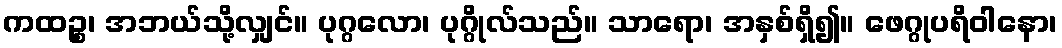
ကထဉ္စ၊ အဘယ်သို့လျှင်။ ပုဂ္ဂလော၊ ပုဂ္ဂိုလ်သည်။ သာရော၊ အနှစ်ရှိ၍။ ဖေဂ္ဂုပရိဝါနော၊